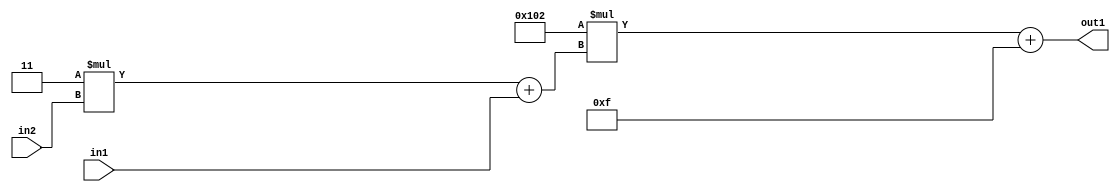
`timescale 1ps / 1ps
/*****************************************************************************
    Verilog RTL Description
    
    
    Created by: Stratus DpOpt 2019.1.01 
*******************************************************************************/

module DC_Filter_Add2i15Mul2i258Add2u1Mul2i3u2_1 (
	in2,
	in1,
	out1
	); /* architecture "behavioural" */ 
input [1:0] in2;
input  in1;
output [11:0] out1;
wire [11:0] asc001;
wire [3:0] asc002;

wire [3:0] asc002_tmp_0;
assign asc002_tmp_0 = 
	+(4'B0011 * in2);
assign asc002 = asc002_tmp_0
	+(in1);

wire [11:0] asc001_tmp_1;
assign asc001_tmp_1 = 
	+(12'B000100000010 * asc002);
assign asc001 = asc001_tmp_1
	+(12'B000000001111);

assign out1 = asc001;
endmodule

/* CADENCE  v7b1Swo= : u9/ySgnWtBlWxVPRXgAZ4Og= ** DO NOT EDIT THIS LINE ******/